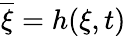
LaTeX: \overline{{\xi}}=h(\xi,t)